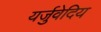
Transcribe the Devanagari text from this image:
यर्जुवेदिय